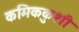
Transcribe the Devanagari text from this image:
कमिककुशी